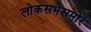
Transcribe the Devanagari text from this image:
लोकसभेसमोर